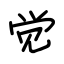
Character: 觉